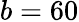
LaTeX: b=60